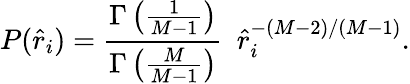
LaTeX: P(\hat{r}_{i})=\frac{\Gamma\left(\frac{1}{M-1}\right)}{\Gamma\left(\frac{M}{M-1}\right)}\ \ \hat{r}_{i}^{-(M-2)/(M-1)}.